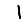
Digit: 1